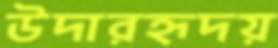
উদারহৃদয়